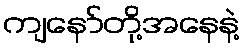
ကျနော်တို့အနေနဲ့